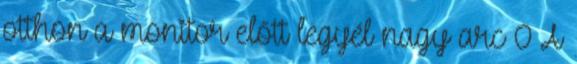
otthon a monitor előtt legyél nagy arc 0 A